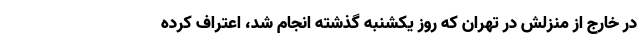
در خارج از منزلش در تهران که روز یکشنبه گذشته انجام شد، اعتراف کرده